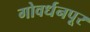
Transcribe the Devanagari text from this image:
गोवर्धनपूर